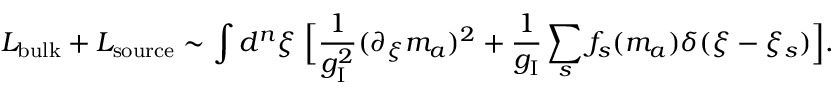
{ \cal L } _ { \mathrm { b u l k } } + { \cal L } _ { \mathrm { s o u r c e } } \sim \int d ^ { n } \xi \; \Bigl [ { \frac { 1 } { g _ { \mathrm { I } } ^ { 2 } } } ( \partial _ { \xi } m _ { a } ) ^ { 2 } + { \frac { 1 } { g _ { \mathrm { I } } } } \sum _ { s } f _ { s } ( m _ { a } ) \delta ( \xi - \xi _ { s } ) \Bigr ] .